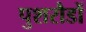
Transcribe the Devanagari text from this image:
पुशरौडों